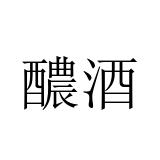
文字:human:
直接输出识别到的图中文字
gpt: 醲酒